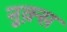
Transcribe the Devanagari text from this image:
नुक़्स